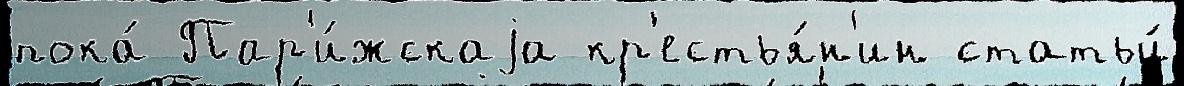
пока́ Пар'и́жскаjа кр'естья́н'ин статьи́